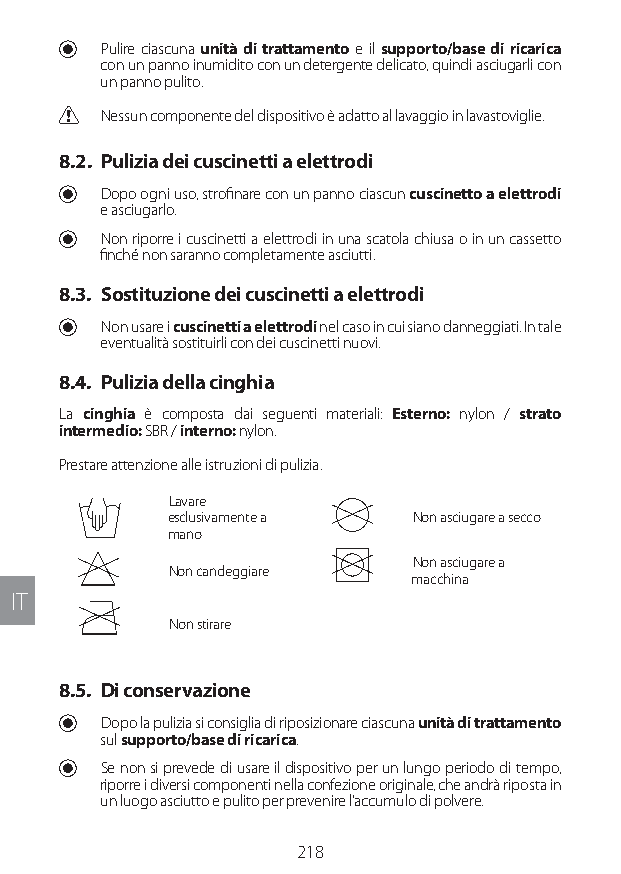
U Pulire ciascuna unità di trattamento e il supporto/base di ricarica
 con un panno inumidito con un detergente delicato, quindi asciugarli con
 un panno pulito.
 C Nessun componente del dispositivo è adatto al lavaggio in lavastoviglie.
 8.2. Pulizia dei cuscinetti a elettrodi
 U Dopo ogni uso, strofinare con un panno ciascun cuscinetto a elettrodi
 e asciugarlo.
 U Non riporre i cuscinetti a elettrodi in una scatola chiusa o in un cassetto
 finché non saranno completamente asciutti.
 8.3. Sostituzione dei cuscinetti a elettrodi
 U Non usare i cuscinetti a elettrodi nel caso in cui siano danneggiati. In tale
 eventualità sostituirli con dei cuscinetti nuovi.
 8.4. Pulizia della cinghia
 La cinghia è composta dai seguenti materiali: Esterno: nylon / strato
 intermedio: SBR / interno: nylon.
 Prestare attenzione alle istruzioni di pulizia.
 Lavare
 esclusivamente a Non asciugare a secco
 mano
 Non asciugare a
 Non candeggiare
 macchina
 IT
 Non stirare
 8.5. Di conservazione
 U Dopo la pulizia si consiglia di riposizionare ciascuna unità di trattamento
 sul supporto/base di ricarica.
 U Se non si prevede di usare il dispositivo per un lungo periodo di tempo,
 riporre i diversi componenti nella confezione originale, che andrà riposta in
 un luogo asciutto e pulito per prevenire l’accumulo di polvere.
 218
 Lipo UM EU124 3545B inside ALL EU124 ED296-24 release.indd 218 14/08/2018 10:57:46